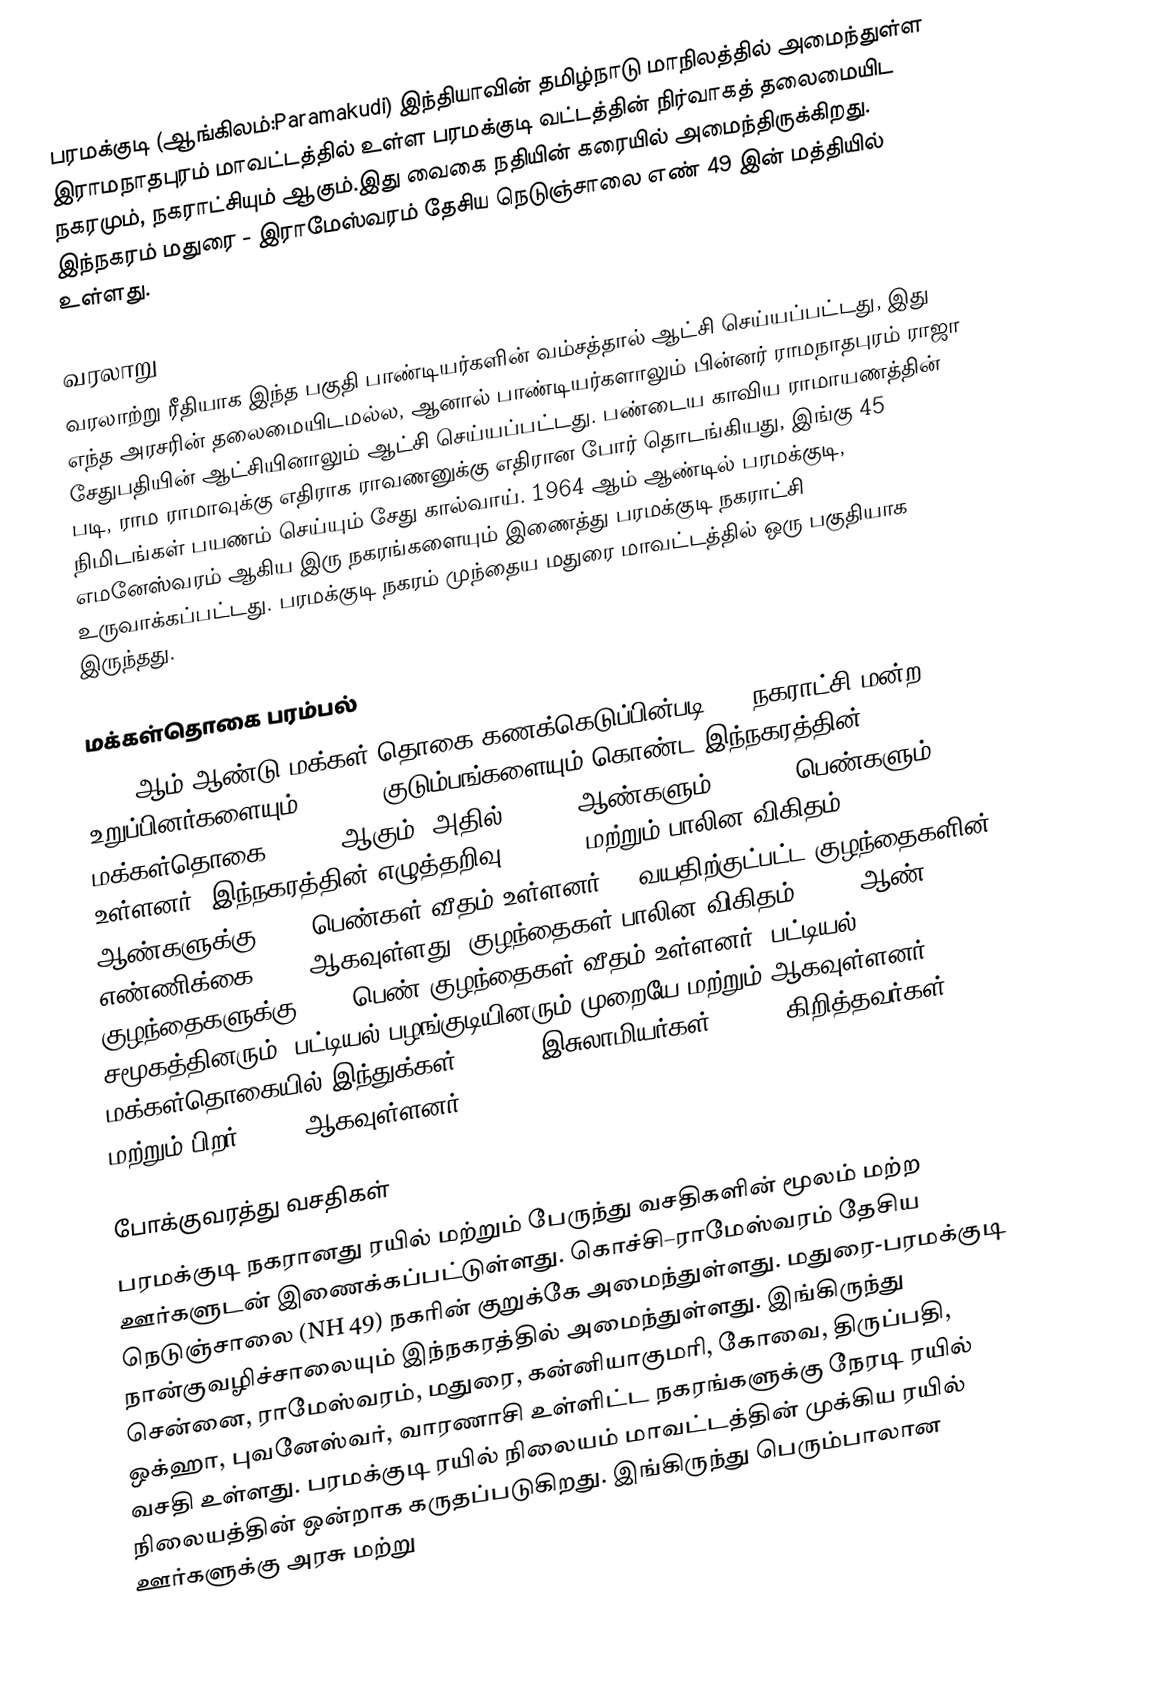
பரமக்குடி (ஆங்கிலம்:Paramakudi) இந்தியாவின் தமிழ்நாடு மாநிலத்தில் அமைந்துள்ள இராமநாதபுரம் மாவட்டத்தில் உள்ள பரமக்குடி வட்டத்தின் நிர்வாகத் தலைமையிட நகரமும், நகராட்சியும் ஆகும்.இது வைகை நதியின் கரையில் அமைந்திருக்கிறது. இந்நகரம் மதுரை -  இராமேஸ்வரம்  தேசிய நெடுஞ்சாலை எண் 49 இன் மத்தியில் உள்ளது.

வரலாறு
வரலாற்று ரீதியாக இந்த பகுதி பாண்டியர்களின் வம்சத்தால் ஆட்சி செய்யப்பட்டது, இது எந்த அரசரின் தலைமையிடமல்ல, ஆனால் பாண்டியர்களாலும் பின்னர் ராமநாதபுரம் ராஜா சேதுபதியின் ஆட்சியினாலும் ஆட்சி செய்யப்பட்டது.  பண்டைய காவிய ராமாயணத்தின் படி, ராம ராமாவுக்கு எதிராக ராவணனுக்கு எதிரான போர் தொடங்கியது, இங்கு 45 நிமிடங்கள் பயணம் செய்யும் சேது கால்வாய்.  1964 ஆம் ஆண்டில் பரமக்குடி, எமனேஸ்வரம் ஆகிய இரு நகரங்களையும் இணைத்து பரமக்குடி நகராட்சி உருவாக்கப்பட்டது. பரமக்குடி நகரம் முந்தைய மதுரை மாவட்டத்தில் ஒரு பகுதியாக இருந்தது.

மக்கள்தொகை பரம்பல்
2011-ஆம் ஆண்டு மக்கள் தொகை கணக்கெடுப்பின்படி,  36  நகராட்சி மன்ற உறுப்பினர்களையும், 23,504 குடும்பங்களையும் கொண்ட இந்நகரத்தின் மக்கள்தொகை 95,579 ஆகும். அதில் 48,621  ஆண்களும், 46,958 பெண்களும் உள்ளனர்.   இந்நகரத்தின் எழுத்தறிவு 90.21 % மற்றும் பாலின விகிதம்  1000 ஆண்களுக்கு,  966 பெண்கள் வீதம் உள்ளனர். 6 வயதிற்குட்பட்ட குழந்தைகளின் எண்ணிக்கை 9292 ஆகவுள்ளது. குழந்தைகள் பாலின விகிதம்,  1000 ஆண் குழந்தைகளுக்கு, 936   பெண் குழந்தைகள் வீதம் உள்ளனர். பட்டியல் சமூகத்தினரும், பட்டியல் பழங்குடியினரும்  முறையே   மற்றும் ஆகவுள்ளனர். மக்கள்தொகையில் இந்துக்கள் 86.55%,  இசுலாமியர்கள் 9.20%, கிறித்தவர்கள் 4.11%   மற்றும் பிறர் 0.13% ஆகவுள்ளனர்.

போக்குவரத்து வசதிகள்
பரமக்குடி நகரானது ரயில் மற்றும் பேருந்து வசதிகளின் மூலம் மற்ற ஊர்களுடன் இணைக்கப்பட்டுள்ளது. கொச்சி–ராமேஸ்வரம் தேசிய நெடுஞ்சாலை (NH 49) நகரின் குறுக்கே அமைந்துள்ளது. மதுரை-பரமக்குடி நான்குவழிச்சாலையும் இந்நகரத்தில் அமைந்துள்ளது. இங்கிருந்து சென்னை, ராமேஸ்வரம், மதுரை, கன்னியாகுமரி, கோவை, திருப்பதி, ஒக்ஹா, புவனேஸ்வர், வாரணாசி உள்ளிட்ட நகரங்களுக்கு நேரடி ரயில் வசதி உள்ளது. பரமக்குடி ரயில் நிலையம் மாவட்டத்தின் முக்கிய ரயில் நிலையத்தின் ஒன்றாக கருதப்படுகிறது. இங்கிருந்து பெரும்பாலான ஊர்களுக்கு அரசு மற்று